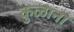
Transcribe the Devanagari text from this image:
कुळाना